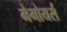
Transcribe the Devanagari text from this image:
मेमोयर्स